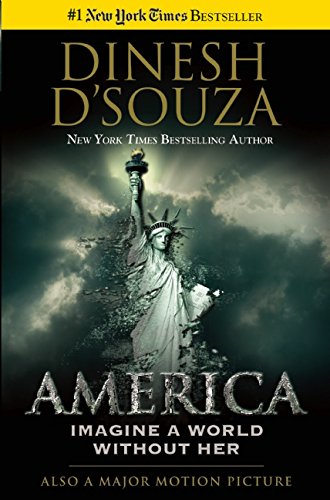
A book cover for America: Imagine a World without Her; Dinesh D'Souza; Politics & Social Sciences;